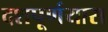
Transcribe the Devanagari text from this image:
दशपूर्णयास